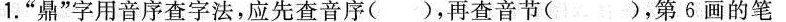
1.”鼎”字用音序查字法，应先查音序()，再查音节()，第6画的笔